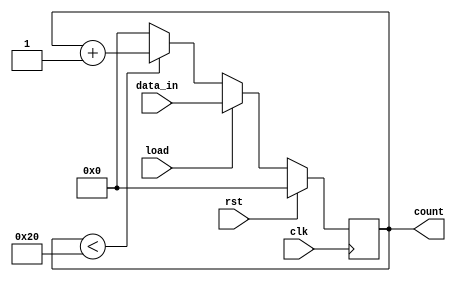
module loadable_counter_5bit (
		input clk,rst,load,
		input [4:0] data_in,
		output  reg [4:0]count);			//5 bit loadable up counter 
		
//parameter max_count=4'b1111,
parameter	 min_count=5'b0000;
			 
always@(posedge clk)
begin
	if (rst)
		count<=min_count;
	else
	begin
		if(load)			//load=1 data loading
		begin
			count<=data_in;
		end
		
		else			// normal UP counter 
		begin
			count<=(count<32)?count+1'b1:min_count;
		end
	end
end
endmodule